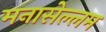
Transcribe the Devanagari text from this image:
मनासेल्लम